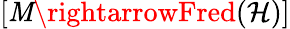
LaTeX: [\mathit{M}\rightarrowFred({\mathcal{{H}}})]